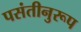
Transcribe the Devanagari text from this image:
पसंतीनुरूप